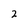
Character: 2